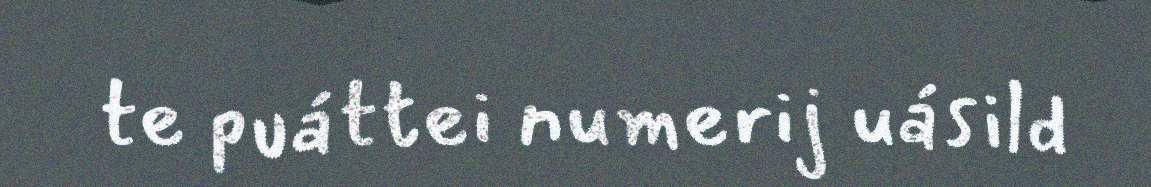
te puáttei numerij uásild